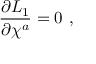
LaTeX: { \frac { \partial { \cal L } _ { 1 } } { \partial \chi ^ { a } } } = 0 \, \, ,